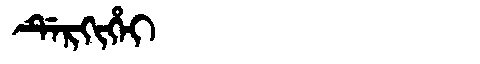
Manchu: ᡩᡝᡵᡴᡳᡥᡝᡳ
Romanization: DERKIHEI